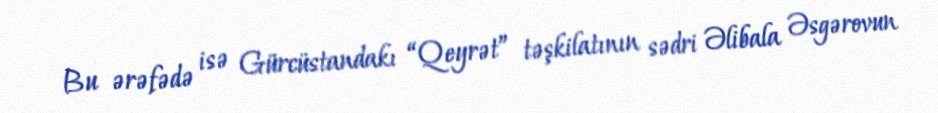
Bu ərəfədə isə Gürcüstandakı “Qeyrət” təşkilatının sədri Əlibala Əsgərovun